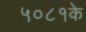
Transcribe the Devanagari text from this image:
५०८१के